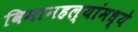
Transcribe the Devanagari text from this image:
विमानहल्यांमध्ये